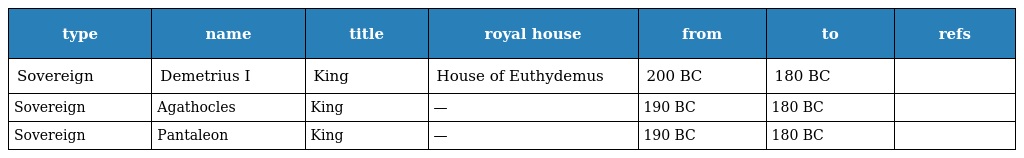
| type | name | title | royal house | from | to | refs |
 | --- | --- | --- | --- | --- | --- | --- |
 | Sovereign | Demetrius I | King | House of Euthydemus | 200 BC | 180 BC |  |
 | Sovereign | Agathocles | King | — | 190 BC | 180 BC |  |
 | Sovereign | Pantaleon | King | — | 190 BC | 180 BC |  |